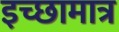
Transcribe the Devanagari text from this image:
इच्छामात्र